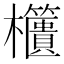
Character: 𣡔